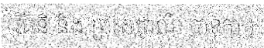
វិជិនី និង ព្រះសុពណ៌ បាទុកា )